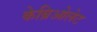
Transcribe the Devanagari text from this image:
केब्रिओलेट